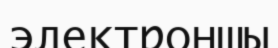
электроншы